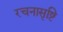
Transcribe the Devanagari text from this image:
रचनासृष्टि